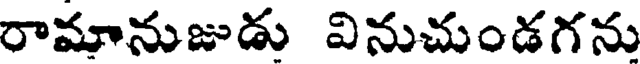
రామానుజుడు వినుచుండగను